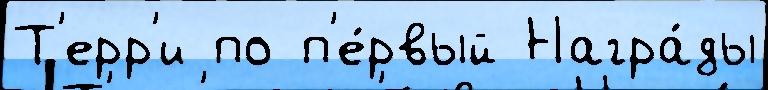
Т'ерр'и по п'е́рвый Награ́ды